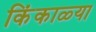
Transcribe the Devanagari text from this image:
किंकाळ्या